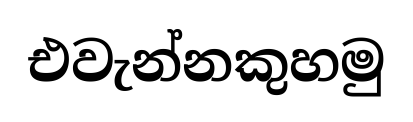
එවැන්නකුහමු